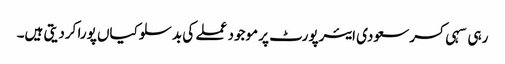
رہی سہی کسر سعودی ایئرپورٹ پر موجود عملے کی بدسلوکیاں پورا کردیتی ہیں۔